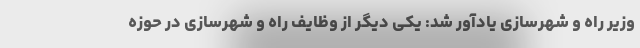
وزیر راه و شهرسازی یادآور شد: یکی دیگر از وظایف راه و شهرسازی در حوزه